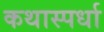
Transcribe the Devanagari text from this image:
कथास्पर्धा